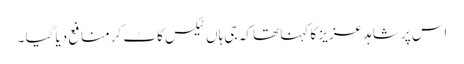
اس پر شاہد عزیز کا کہنا تھا کہ جی ہاں ٹیکس کاٹ کر منافع دیا گیا ۔